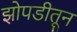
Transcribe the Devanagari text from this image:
झोपडीतून